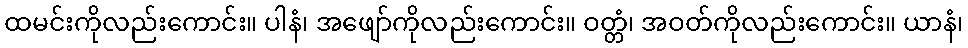
ထမင်းကိုလည်းကောင်း။ ပါနံ၊ အဖျော်ကိုလည်းကောင်း။ ဝတ္တံ၊ အဝတ်ကိုလည်းကောင်း။ ယာနံ၊